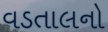
વડતાલનો